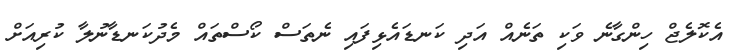
އެކޮލެޖް ހިންގާނެ ވަކި ތަނެއް އަދި ކަނޑައެޅިފައި ނެތަސް ކޯސްތައް މެދުކަނޑާނުލާ ކުރިއަށް